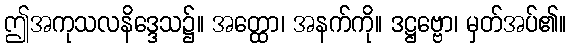
ဤအကုသလနိဒ္ဒေသ၌။ အတ္ထော၊ အနက်ကို။ ဒဋ္ဌဗ္ဗော၊ မှတ်အပ်၏။